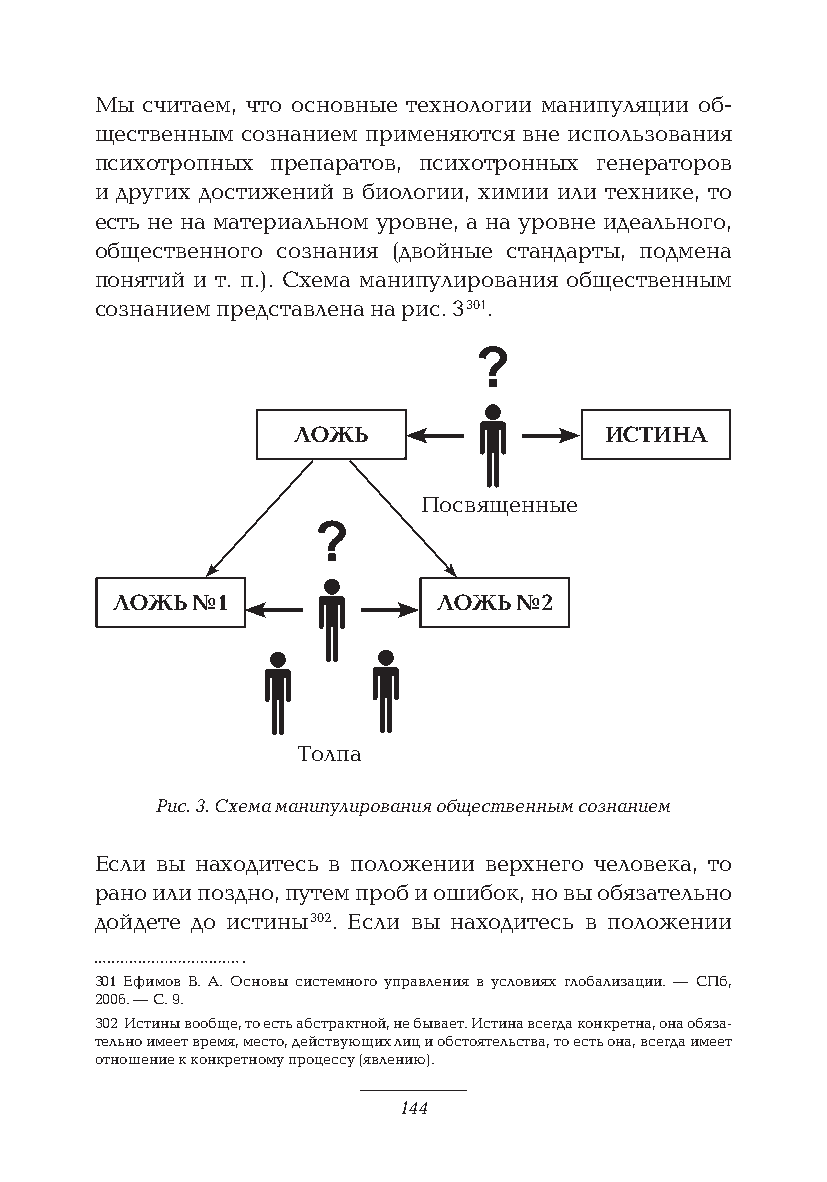
Мы считаем, что основные технологии манипуляции об-
 щественным сознанием применяются вне использования
 психотропных препаратов, психотронных генераторов
 и других достижений в биологии, химии или технике, то
 есть не на материальном уровне, а на уровне идеального,
 общественного сознания (двойные стандарты, подмена
 понятий и т. п.). Схема манипулирования общественным
 сознанием представлена на рис. 3 301.
 ЛОЖЬ                 ИСТИНА
 Посвященные
 ЛОЖЬ  №1              ЛОЖЬ №2
 Толпа
 Рис. 3. Схема манипулирования общественным сознанием
 Если вы находитесь в положении верхнего человека, то
 рано или поздно, путем проб и ошибок, но вы обязательно
 дойдете до истины 302. Если вы находитесь в положении
 301 Ефимов В. А. Основы системного управления в условиях глобализации. — СПб,
 2006. — С. 9.
 302 Истины вообще, то есть абстрактной, не бывает. Истина всегда конкретна, она обяза-
 тельно имеет время, место, действующих лиц и обстоятельства, то есть она, всегда имеет
 отношение к конкретному процессу (явлению).
 144